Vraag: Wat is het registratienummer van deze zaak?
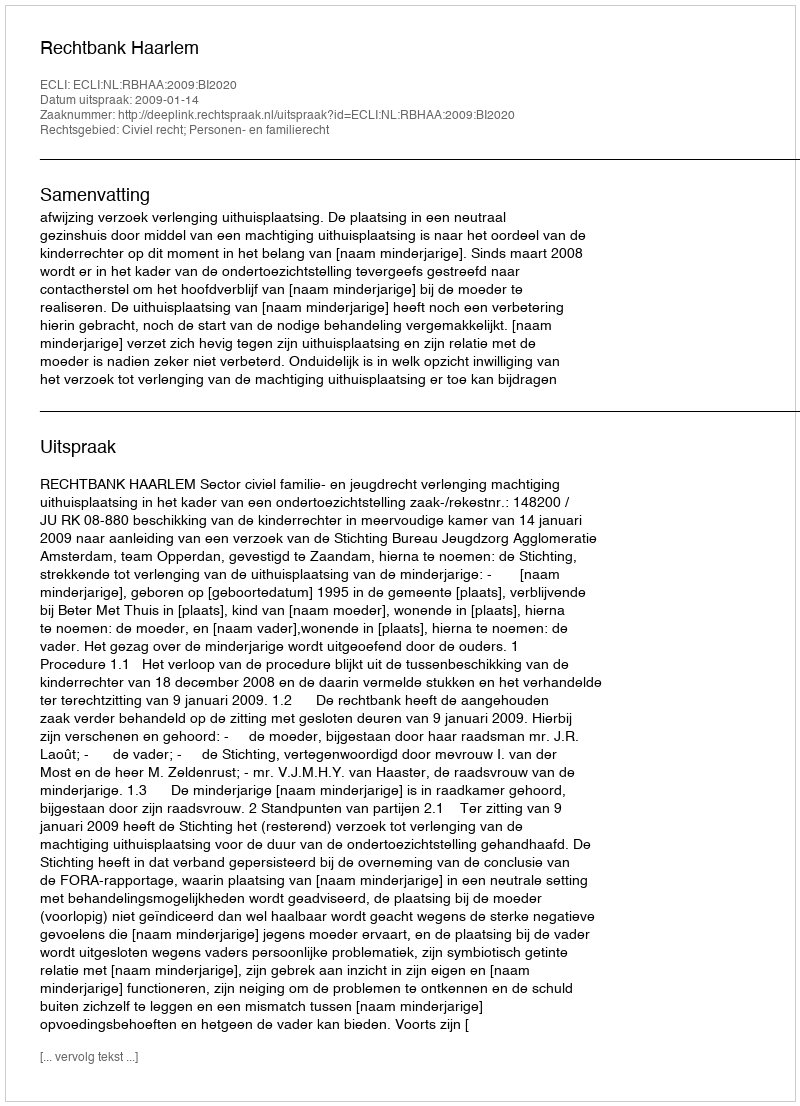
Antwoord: http://deeplink.rechtspraak.nl/uitspraak?id=ECLI:NL:RBHAA:2009:BI2020